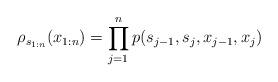
LaTeX: \begin{align*} \rho_{s_{1:n}}(x_{1:n}) = \prod_{j=1}^n p(s_{j-1},s_j,x_{j-1},x_j)\end{align*}